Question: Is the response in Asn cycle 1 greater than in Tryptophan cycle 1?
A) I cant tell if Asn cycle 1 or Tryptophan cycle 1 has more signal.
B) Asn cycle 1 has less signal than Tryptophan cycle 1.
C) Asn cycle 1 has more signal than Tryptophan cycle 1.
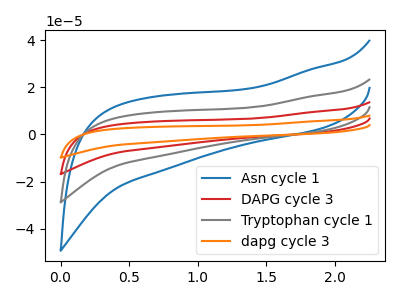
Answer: <think>The blue curve "Asn cycle 1" has no peaks. The red curve "DAPG cycle 3" has no peaks. The gray curve "Tryptophan cycle 1" has no peaks. The orange curve "dapg cycle 3" has no peaks.
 Neither "Asn cycle 1" or "Tryptophan cycle 1" have any peaks.</think>
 <answer>A) I cant tell if "Asn cycle 1" or "Tryptophan cycle 1" has more signal.</answer>
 <eval>A</eval>